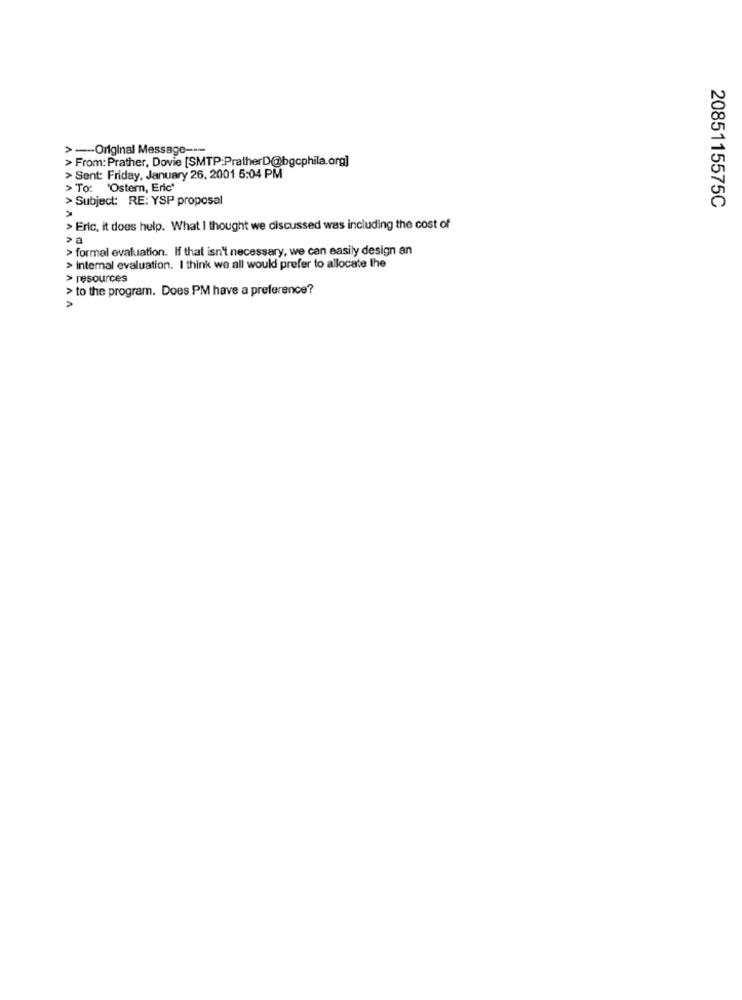
> -- Original Message ----
>From: Prather, Dovie [SMTP:PratherD@bgcphila.org]
> Sent: Friday, January 26, 2001 5:04 PM
> To: 'Oster, Eric'
> Subject: RE: YSP proposal
2085115575C
> Eric, it does hulp. What I thought we discussed was including the cost of
> a
> formal evaluation. If that isn't necessary, we can easily design an
> internal evaluation. I think we all would prefer to allocate the
> resources
> to the program. Does PM have a preference?
>